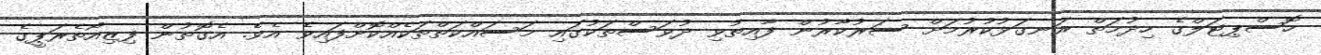
ހޮސްޕިޓަލްގެ ހިދުމަތް ރަނގަޅުކުރުމަށް ސަރުކާރުން ފާއިތުވި ދުވަސްތަކުގައި މަސައްކަތްތަކެއްކޮށްފައިވެ އެވެ. އެގޮތުން ފިޒިއޯތެރަޕީގެ